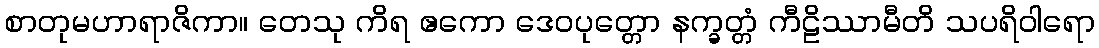
စာတုမဟာရာဇိကာ။ တေသု ကိရ ဧကော ဒေဝပုတ္တော နက္ခတ္တံ ကီဠိဿာမီတိ သပရိဝါရော